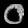
Digit: ၀